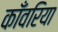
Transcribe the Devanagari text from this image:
काँवरिया